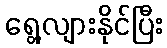
ရွေ့လျားနိုင်ပြီး